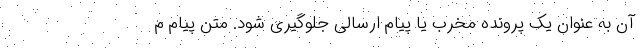
آن به عنوان یک پرونده مخرب یا پیام ارسالی جلوگیری شود. متن پیام م